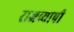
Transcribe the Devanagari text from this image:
राजव्यापी